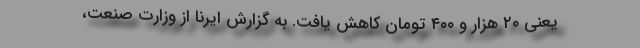
یعنی ۲۰ هزار و ۴۰۰ تومان کاهش یافت. به گزارش ایرنا از وزارت صنعت،